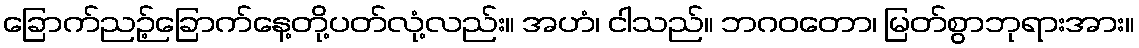
ခြောက်ညဉ့်ခြောက်နေ့တို့ပတ်လုံ့လည်း။ အဟံ၊ ငါသည်။ ဘဂဝတော၊ မြတ်စွာဘုရားအား။